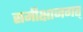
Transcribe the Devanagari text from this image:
समीक्षाजगत्